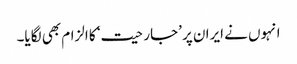
انہوں نے ایران پر ’جارحیت‘ کا الزام بھی لگایا۔